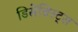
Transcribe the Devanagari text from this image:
डिसेंब्रिस्ट्स